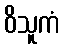
ဝိသူကံ